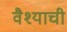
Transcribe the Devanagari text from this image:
वैश्याची